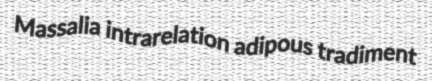
Massalia intrarelation adipous tradiment